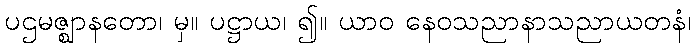
ပဌမဇ္ဈာနတော၊ မှ။ ပဋ္ဌာယ၊ ၍။ ယာဝ နေဝသညာနာသညာယတနံ၊